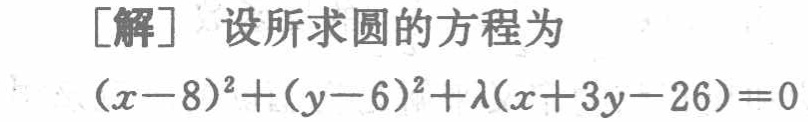
[解] 设所求圆的方程为
\((x - 8)^2 + (y - 6)^2 + \lambda(x + 3y - 26) = 0\)